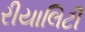
રીયાલિટી